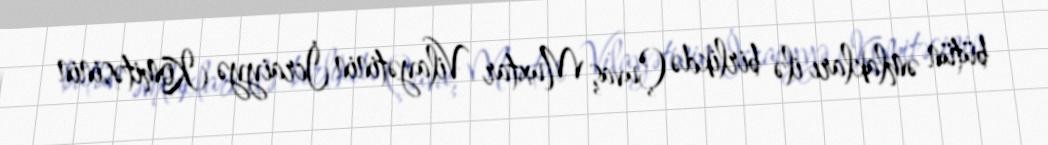
bütün əmlakları ilə birlikdə Çuvaş Muxtar Vilayətinin İcraiyyə Komitəsinin